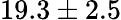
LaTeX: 19.3\pm 2.5